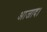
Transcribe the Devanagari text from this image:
आजाद।